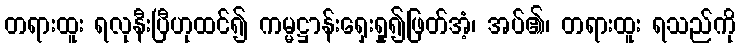
တရားထူး ရလုနီးပြီဟုထင်၍ ကမ္မဋ္ဌာန်းရှေးရှု၍ဖြတ်အံ့၊ အပ်၏၊ တရားထူး ရသည်ကို